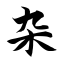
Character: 杂